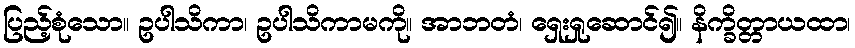
ပြည့်စုံသော။ ဥပါသိကာ၊ ဥပါသိကာမကို။ အာဘတံ၊ ရှေးရှုဆောင်၍။ နိက္ခိတ္တာယထာ၊